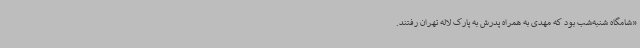
«شامگاه شنبه‌شب بود که مهدی به همراه پدرش به پارک لاله تهران رفتند.